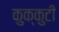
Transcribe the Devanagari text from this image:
कुक्कुटी